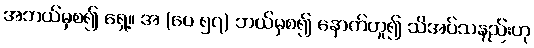
အဘယ်မှစ၍ ရှေ့။ အ (ပေ ၅၇) ဘယ်မှစ၍ နောက်ဟူ၍ သိအပ်သနည်းဟု